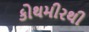
કોથમીરથી